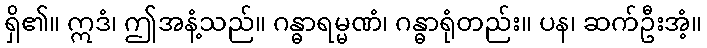
ရှိ၏။ ဣဒံ၊ ဤအနံ့သည်။ ဂန္ဓာရမ္မဏံ၊ ဂန္ဓာရုံတည်း။ ပန၊ ဆက်ဦးအံ့။